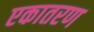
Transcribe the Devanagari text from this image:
एकातरण